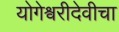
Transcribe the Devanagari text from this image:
योगेश्वरीदेवीचा